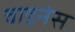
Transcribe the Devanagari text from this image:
वाइनेस